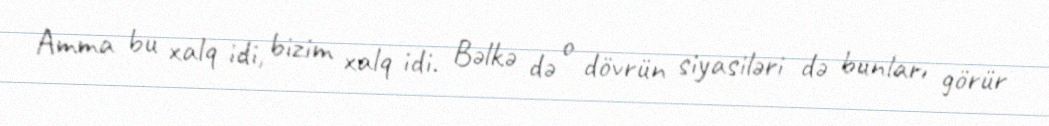
Amma bu xalq idi, bizim xalq idi. Bəlkə də o dövrün siyasiləri də bunları görür